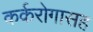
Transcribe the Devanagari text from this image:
कर्करोगासह